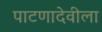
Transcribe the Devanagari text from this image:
पाटणादेवीला